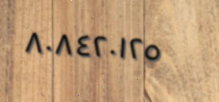
٨٠٨٤٢٠١٢٥